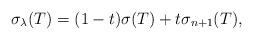
LaTeX: \begin{align*}\sigma_{\lambda}(T)=(1-t)\sigma(T)+t \sigma_{n+1}(T),\end{align*}